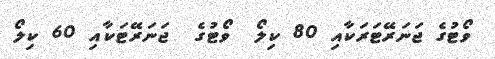
ވޯޓުގެ ޖަނަރޭޓަރަކާއި 80 ކިލޯ  ވޯޓުގެ  ޖަނަރޭޓަކާއި 60 ކިލޯ